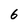
Character: 6